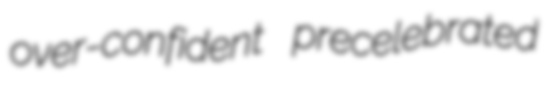
over-confident precelebrated